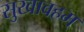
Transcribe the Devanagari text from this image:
सुखावहम्